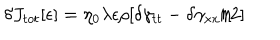
\delta J _ { t o t } [ \epsilon ] = \eta _ { 0 } \lambda \epsilon \rho [ \delta \gamma _ { t t } - \delta \gamma _ { x x } / 2 ]